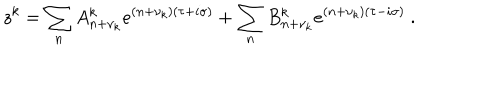
LaTeX: z ^ { k } = \sum _ { n } A _ { n + \nu _ { k } } ^ { k } e ^ { ( n + \nu _ { k } ) ( \tau + i \sigma ) } + \sum _ { n } B _ { n + \nu _ { k } } ^ { k } e ^ { ( n + \nu _ { k } ) ( \tau - i \sigma ) } \ .